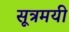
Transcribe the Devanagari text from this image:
सूत्रमयी